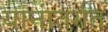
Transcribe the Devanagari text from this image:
यानांतर्गत